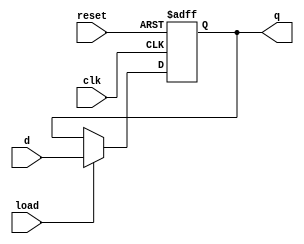
/***************************************************
* Class: EE 271
* Module: data_reg
* Description: Data Register circuit
****************************************************/

// Data Register
//
module data_reg
    (
        input wire[3:0] d,
        input wire clk, reset, load,
        output reg[3:0] q
    );
    always @(posedge clk or negedge reset)
        begin
            if (!reset)  // asynchronous reset
                q <= 0;
            else if (load == 1)
                q <= d;
        end
endmodule // data_reg